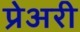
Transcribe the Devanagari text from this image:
प्रेअरी